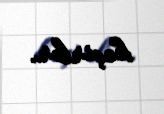
keçirlər.